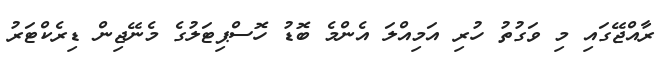
ރާއްޖޭގައި މި ވަގުތު ހުރި އަމިއްލަ އެންމެ ބޮޑު ހޮސްޕިޓަލުގެ މެނޭޖިން ޑިރެކްޓަރު